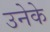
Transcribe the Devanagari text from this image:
उनेके